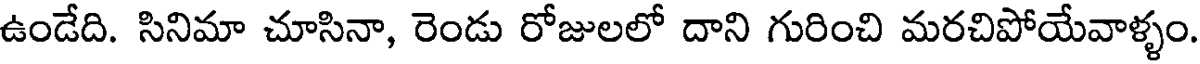
ఉండేది. సినిమా చూసినా, రెండు రోజులలో దాని గురించి మరచిపోయేవాళ్ళం